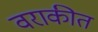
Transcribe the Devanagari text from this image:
वराकीत